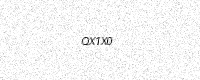
Text: QX1X0